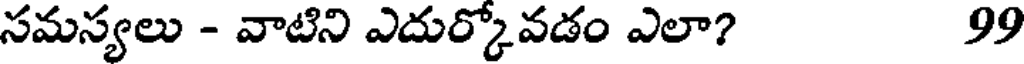
సమస్యలు - వాటిని ఎదుర్కోవడం ఎలా? 99